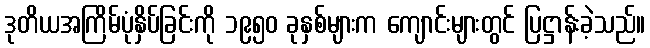
ဒုတိယအကြိမ်ပုံနှိပ်ခြင်းကို ၁၉၅၀ ခုနှစ်များက ကျောင်းများတွင် ပြဋ္ဌာန်းခဲ့သည်။